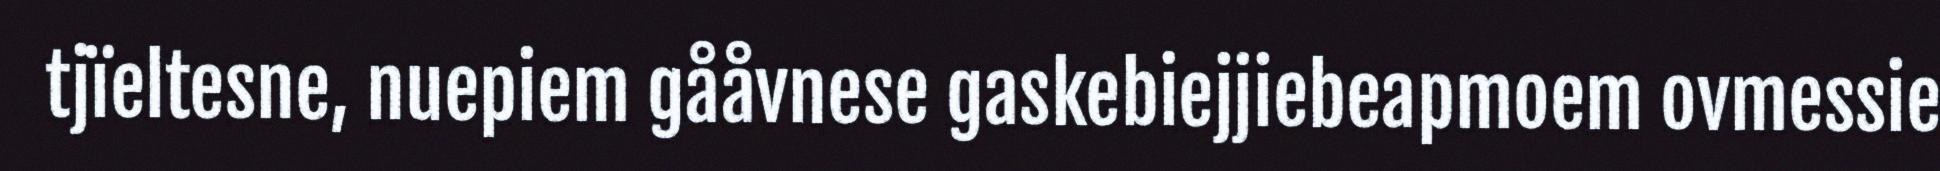
tjïeltesne, nuepiem gååvnese gaskebiejjiebeapmoem ovmessie